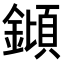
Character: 𨫫